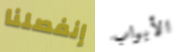
إنفصلنا الأبواب